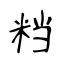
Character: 𥹥